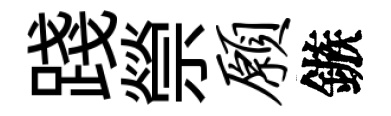
踐禜愿鏃